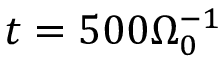
t = 5 0 0 \Omega _ { 0 } ^ { - 1 }